Source: Handwritten
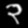
Digit: ၃ (3)